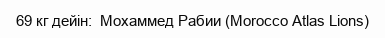
69 кг дейін:  Мохаммед Рабии (Morocco Atlas Lions)